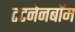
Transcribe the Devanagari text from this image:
टटनेनबॉम